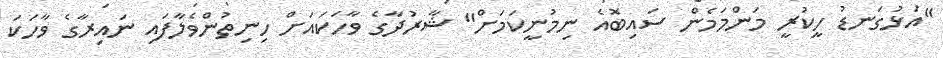
"އަޅުގަނޑު ހީކުރީ މަންމަމެން ސައިބޮއެ ނިމުނީކަމަށް" ޝާރުދާގެ ވާހަކައަށް ހިނިތުންވެލާފައި ނައިރާގެ ވާހަކަ